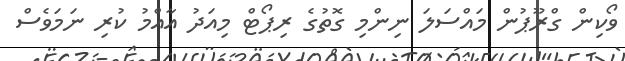
ވޯކިން ގްރޫޕުން މައްސަލަ ނިންމި ގޮތުގެ ރިޕޯޓް މިއަދު އާއްމު ކުރި ނަމަވެސް